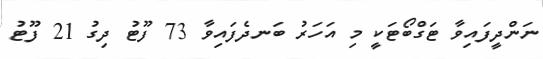
ނަންދީފައިވާ ޓަގްބޯޓަކީ މި އަހަރު ބަނދެފައިވާ 73 ފޫޓު ދިގު 21 ފޫޓު